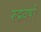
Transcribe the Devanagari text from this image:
रुद्रवर्षा